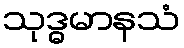
သုဒ္ဓမာနသံ